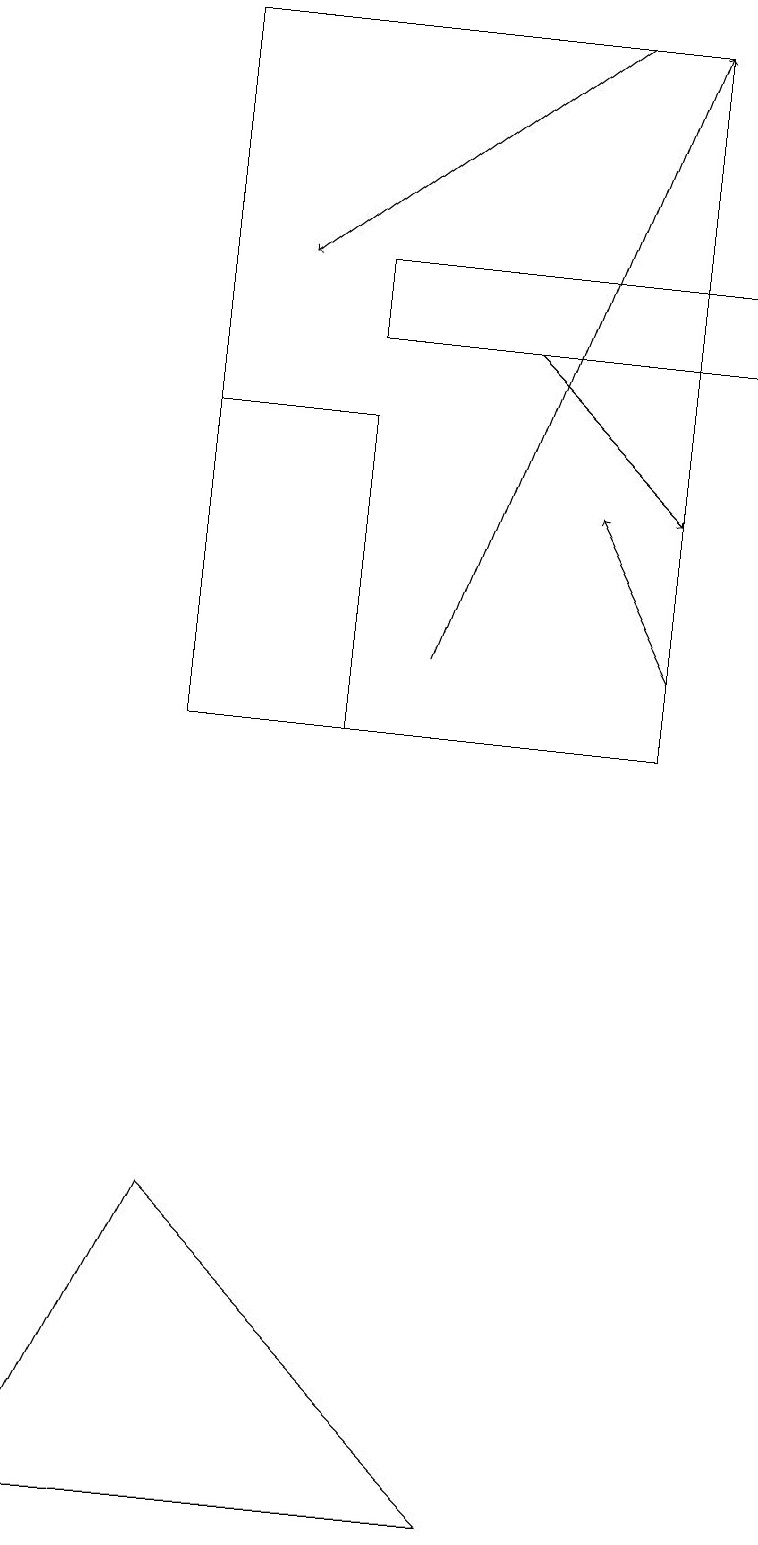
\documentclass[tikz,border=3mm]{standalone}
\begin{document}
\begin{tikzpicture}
\draw[->] (5,11) -- (8,19);
\draw (4,10) rectangle (2,14);
\draw[->] (6,15) -- (8,13);
\draw[->] (8,11) -- (7,13);
\draw (0,0) -- (6,0) -- (2,4) -- cycle;
\draw (4,15) rectangle (9,16);
\draw[->] (7,19) -- (3,16);
\draw (8,10) rectangle (2,19);
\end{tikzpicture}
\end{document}